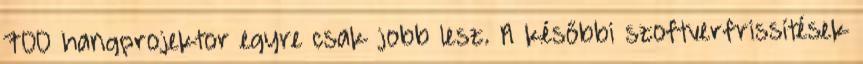
700 hangprojektor egyre csak jobb lesz. A későbbi szoftverfrissítések